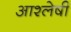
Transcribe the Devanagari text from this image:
आश्लेषी